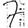
Digit: 7